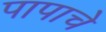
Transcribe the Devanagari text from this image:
पापाचे